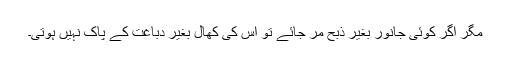
مگر اگر کوئی جانور بغیر ذبح مر جائے تو اس کی کھال بغیر دباغت کے پاک نہیں ہوتی۔